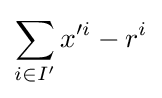
\sum _{i\in I'}x'^{i}-r^{i}